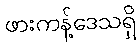
ဖားကန့်ဒေသရှိ